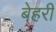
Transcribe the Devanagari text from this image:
बेहरी